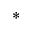
^ *